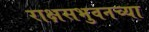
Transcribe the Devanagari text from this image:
राक्षसभुवनच्या